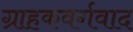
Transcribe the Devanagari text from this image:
ग्राहकवर्गवाद